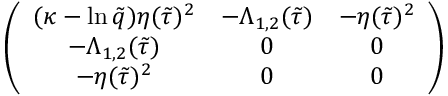
\left( \begin{array} { c c c } { { ( \kappa - \ln \tilde { q } ) \eta ( \tilde { \tau } ) ^ { 2 } } } & { { - \Lambda _ { 1 , 2 } ( \tilde { \tau } ) } } & { { - \eta ( \tilde { \tau } ) ^ { 2 } } } \\ { { - \Lambda _ { 1 , 2 } ( \tilde { \tau } ) } } & { { 0 } } & { { 0 } } \\ { { - \eta ( \tilde { \tau } ) ^ { 2 } } } & { { 0 } } & { { 0 } } \end{array} \right)